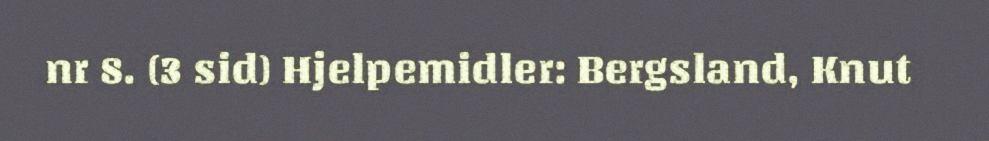
nr 8. (3 sid) Hjelpemidler: Bergsland, Knut